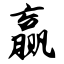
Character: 赢